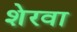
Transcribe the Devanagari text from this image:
शेरवा